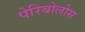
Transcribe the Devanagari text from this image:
पेरिबोलोस